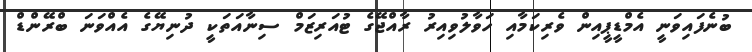
ބުނެފައިވަނީ އެމްޑީޕީއިން ވެރިކަމާއި ހަވާލުވިއިރު ރާއްޖޭގެ ޓުއަރިޒަމް ސިނާއަތަކީ ދުނިޔޭގެ އެއްވަނަ ބްރޭންޑް